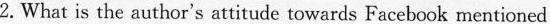
2. What is the author's attirude towards Faccbsok mentioned